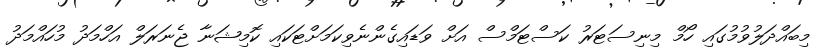
މިބައްދަލުވުމުގައި ހޯމް މިނިސަޓަރު ކަސްޓަމްސް އަށް ވަޑައިގެންނެވިކަމަށްޓަކައި ކޮމިޝަނާ ޖެނަރަލް އަހްމަދު މުހައްމަދު